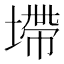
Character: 墆